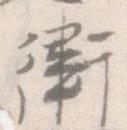
衛